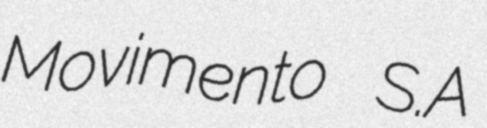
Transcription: Movimento S.A